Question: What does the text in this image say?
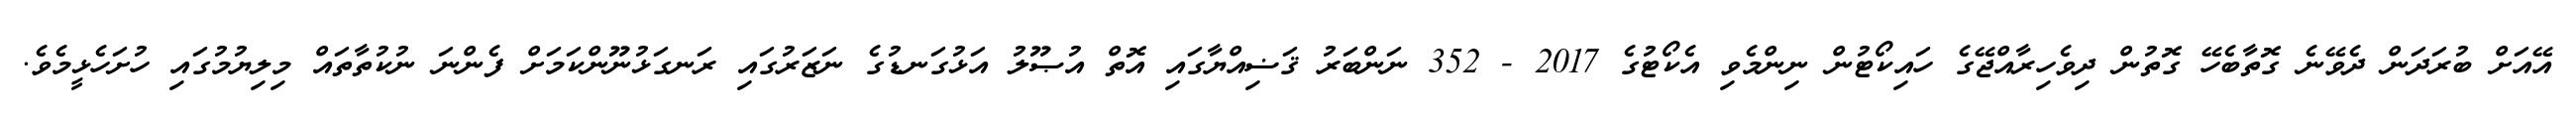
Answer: އޭއަށް ބުރަދަން ދެވޭނެ ގޮތާބެހޭ ގޮތުން ދިވެހިރާއްޖޭގެ ހައިކޯޓުން ނިންމެވި އެކޯޓުގެ 2017 - 352 ނަންބަރު ޤަޟިއްޔާގައި އޮތް އުޞޫލު އަޅުގަނޑުގެ ނަޒަރުގައި ރަނގަޅުނޫންކަމަށް ފެންނަ ނުކުތާތައް މިލިޔުމުގައި ހުށަހެޅީމެވެ.